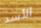
الأسد